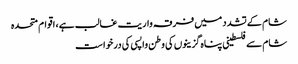
شام کے تشدد میں فرقہ واریت غالب ہے، اقوام متحدہ
شام سےفلسطینی پناہ گزینوں کی وطن واپسی کی درخواست